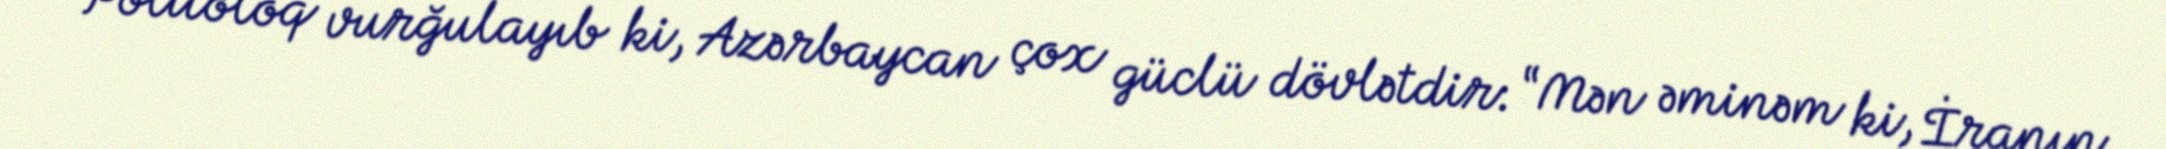
Politoloq vurğulayıb ki, Azərbaycan çox güclü dövlətdir: “Mən əminəm ki, İranın